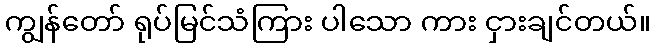
ကျွန်တော် ရုပ်မြင်သံကြား ပါသော ကား ငှားချင်တယ်။